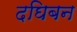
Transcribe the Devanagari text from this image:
दघिबन